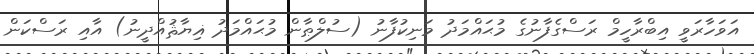
އަވަހާރަވީ އިބްރާހީމް ރަސްގެފާނުގެ މުޙައްމަދު މަނިކުފާނު (ސުލްޠާން މުޙައްމަދު ޣިޔާޘުއްދީނު) އާއި ރަސްކަން